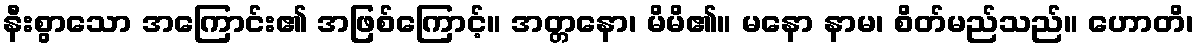
နီးစွာသော အကြောင်း၏ အဖြစ်ကြောင့်။ အတ္တနော၊ မိမိ၏။ မနော နာမ၊ စိတ်မည်သည်။ ဟောတိ၊